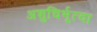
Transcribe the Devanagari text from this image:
अशुचिर्भूत्वा